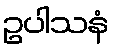
ဥပါသနံ